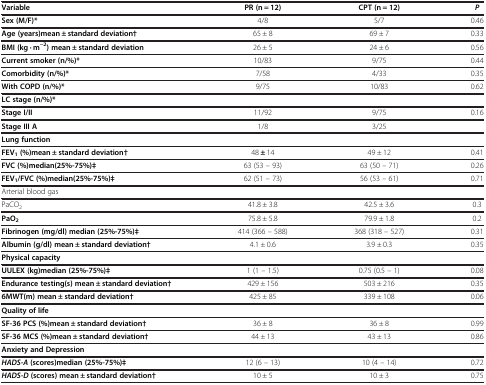
<table><thead><tr><td><b>Variable</b></td><td><b>PR (n = 12)</b></td><td><b>CPT (n = 12)</b></td><td><b><i>P</i></b></td></tr></thead><tbody><tr><td><b>Sex (M/F)*</b></td><td>4/8</td><td>5/7</td><td>0.46</td></tr><tr><td><b>Age (years)mean ± standard deviation†</b></td><td>65 ± 8</td><td>69 ± 7</td><td>0.33</td></tr><tr><td><b>BMI (kg · m</b><sup><b>-2</b></sup><b>) mean ± standard deviation</b></td><td>26 ± 5</td><td>24 ± 6</td><td>0.56</td></tr><tr><td><b>Current smoker (n/%)*</b></td><td>10/83</td><td>9/75</td><td>0.44</td></tr><tr><td><b>Comorbidity (n/%)*</b></td><td>7/58</td><td>4/33</td><td>0.35</td></tr><tr><td><b>With COPD (n/%)*</b></td><td>9/75</td><td>10/83</td><td>0.62</td></tr><tr><td><b>LC stage (n/%)*</b></td><td> </td><td> </td><td> </td></tr><tr><td><b>Stage I/II</b></td><td>11/92</td><td>9/75</td><td>0.16</td></tr><tr><td><b>Stage III A</b></td><td>1/8</td><td>3/25</td><td> </td></tr><tr><td><b>Lung function</b></td><td> </td><td> </td><td> </td></tr><tr><td><b>FEV</b><sub><b>1 </b></sub><b>(%)mean ± standard deviation†</b></td><td>48 <b>±</b> 14</td><td>49 ± 12</td><td>0.41</td></tr><tr><td><b>FVC (%)median(25%-75%)‡</b></td><td>63 (53 – 93)</td><td>63 (50 – 71)</td><td>0.26</td></tr><tr><td><b>FEV</b><sub><b>1</b></sub><b>/FVC (%)median(25%-75%)‡</b></td><td>62 (51 – 73)</td><td>56 (53 – 61)</td><td>0.71</td></tr><tr><td>Arterial blood gas</td><td> </td><td> </td><td> </td></tr><tr><td>PaCO<sub>2</sub></td><td>41.8 ± 3.8</td><td>42.5 ± 3.6</td><td>0.3</td></tr><tr><td><b>PaO</b><sub><b>2</b></sub></td><td>75.8 ± 5.8</td><td>79.9 ± 1.8</td><td>0.2</td></tr><tr><td><b>Fibrinogen (mg/dl) median (25%-75%)‡</b></td><td>414 (366 – 588)</td><td>368 (318 – 527)</td><td>0.31</td></tr><tr><td><b>Albumin (g/dl) mean ± standard deviation†</b></td><td>4.1 ± 0.6</td><td>3.9 ± 0.3</td><td>0.35</td></tr><tr><td><b>Physical capacity</b></td><td> </td><td> </td><td> </td></tr><tr><td><b>UULEX (kg)median (25%-75%)‡</b></td><td>1 (1 – 1.5)</td><td>0.75 (0.5 – 1)</td><td>0.08</td></tr><tr><td><b>Endurance testing(s) mean ± standard deviation†</b></td><td>429 ± 156</td><td>503 ± 216</td><td>0.35</td></tr><tr><td><b>6MWT(m) mean ± standard deviation†</b></td><td>425 ± 85</td><td>339 ± 108</td><td>0.06</td></tr><tr><td><b>Quality of life</b></td><td> </td><td> </td><td> </td></tr><tr><td><b>SF-36 PCS (%)mean ± standard deviation†</b></td><td>36 ± 8</td><td>36 ± 8</td><td>0.99</td></tr><tr><td><b>SF-36 MCS (%)mean ± standard deviation†</b></td><td>44 ± 13</td><td>43 ± 13</td><td>0.86</td></tr><tr><td><b>Anxiety and Depression</b></td><td> </td><td> </td><td> </td></tr><tr><td><b><i>HADS-A </i></b><b>(scores)median (25%-75%)‡</b></td><td>12 (6 – 13)</td><td>10 (4 – 14)</td><td>0.72</td></tr><tr><td><b><i>HADS-D </i></b><b>(scores) mean ± standard deviation†</b></td><td>10 ± 5</td><td>10 ± 3</td><td>0.75</td></tr></tbody></table>